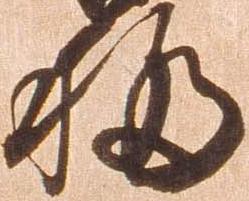
移